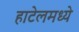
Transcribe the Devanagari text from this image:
हाटेलमध्ये